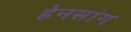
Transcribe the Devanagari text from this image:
हेनसांग